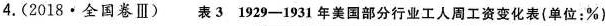
4.(2018·全国卷Ⅲ)表31929-1931年美国部分行业工人周工资变化表(单位：\%)